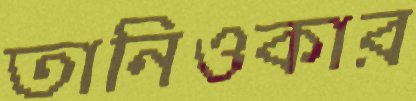
তানিওকার